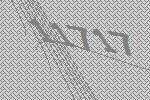
11717